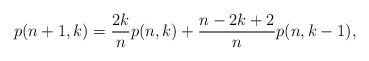
LaTeX: \begin{align*}p(n+1,k)=\frac{2k}{n} p(n,k)+\frac{n-2k+2}{n} p(n,k-1),\end{align*}